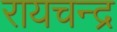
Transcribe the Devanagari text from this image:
रायचन्द्र